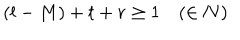
LaTeX: ( l - M ) + t + r \geq 1 \quad ( \in \bf { N } )